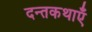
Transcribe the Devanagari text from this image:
दन्तकथाएँ